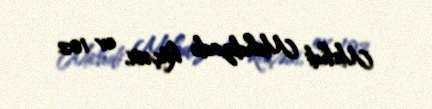
Mehdi Mehdizadə küçəsi, ev 102